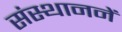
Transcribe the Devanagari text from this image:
संस्थाननें